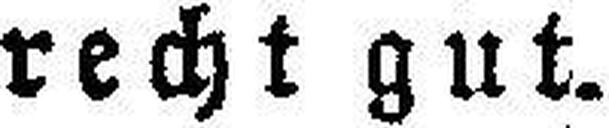
recht gut.